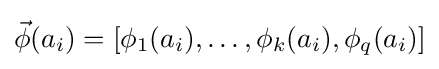
{\vec {\phi }}(a_{i})=[\phi _{1}(a_{i}),\ldots ,\phi _{k}(a_{i}),\phi _{q}(a_{i})]